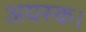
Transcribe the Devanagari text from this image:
अयस्क।